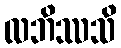
လဘိဿသိ